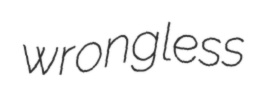
wrongless